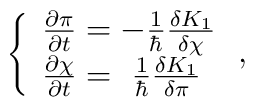
\left\{\begin{array}{l}{\partial \pi\over \partial t}=-{1\over {\hbar}}{\delta K_1 \over \delta \chi}\\{\partial \chi\over \partial t}=~{1\over {\hbar}}{\delta K_1 \over\delta \pi}\end{array}\right.,